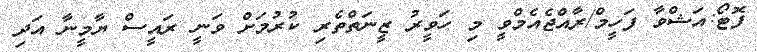
ފޮޓޯ:އަޝްވާ ފަހީމް/ރާއްޖެއެމްވީ މި ހަވީރު ޒީނަތްތެރި ކުރުމަށް ވަނީ ރައީސް ޔާމީނާ އަދި